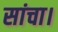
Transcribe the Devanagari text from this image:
सांचा।